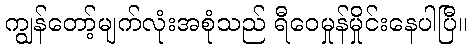
ကျွန်တော့်မျက်လုံးအစုံသည် ရီဝေမှုန်မှိုင်းနေပါပြီ။